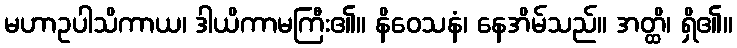
မဟာဥပါသိကာယ၊ ဒါယိကာမကြီး၏။ နိဝေသနံ၊ နေအိမ်သည်။ အတ္ထိ၊ ရှိ၏။